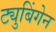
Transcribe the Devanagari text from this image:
ट्युबिंगेन